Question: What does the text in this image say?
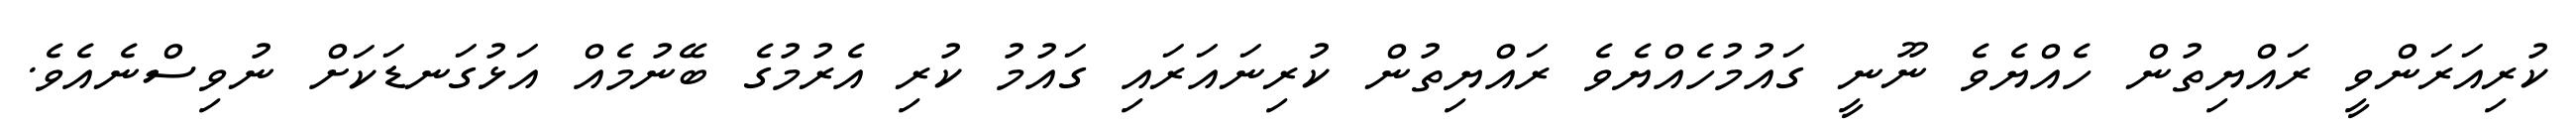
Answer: ކުރިއަރަންވީ ރައްޔިތުން ހެއްޔެވެ ނޫނީ ގައުމުހެއްޔެވެ ރައްޔިތުން ކުރިނައަރައި ގައުމު ކުރި އެރުމުގެ ބޭނުމެއް އަޅުގަނޑަކަށް ނުވިސްނެއެވެ.